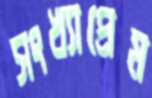
সংখ্যাপ্রেম